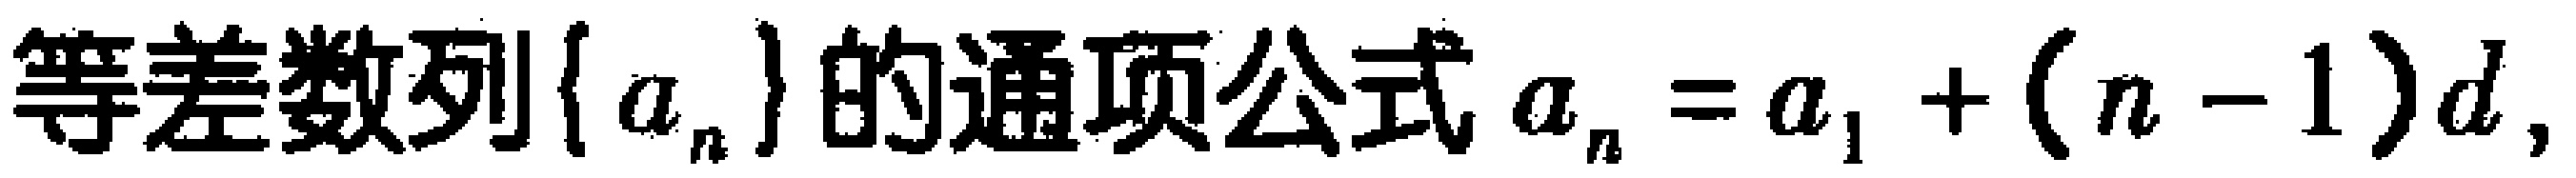
等差数列\(\{ a_{n}\}\)的通项公式\(a_{n}=a_{1}+(n - 1)d\)